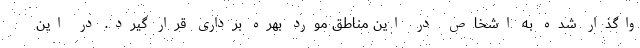
واگذار شده به اشخاص در این مناطق مورد بهره برداری قرار گیرد. در این